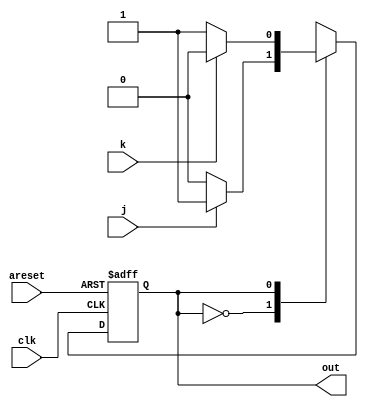
module top_module(
    input clk,
    input areset,    // Asynchronous reset to OFF
    input j,
    input k,
    output out); //  

    parameter OFF=0, ON=1; 
    reg state, next_state;

    always @(*) begin
        // State transition logic
        case (state)
            OFF : next_state = (j)?ON:OFF;
            ON : next_state = (k)?OFF:ON;
        endcase
    end

    always @(posedge clk, posedge areset) begin
        // State flip-flops with asynchronous reset
        if (areset)
            state <= 0;
        else
            state <= next_state;
    end

    // Output logic
    // assign out = (state == ...);
    assign out = (state == ON);

endmodule